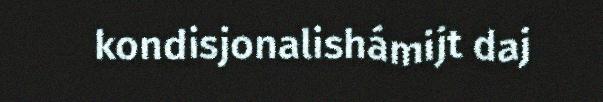
kondisjonalishámijt daj